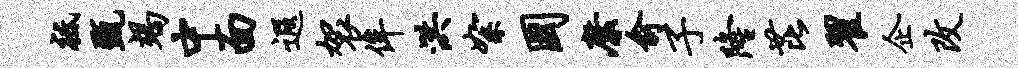
祗甄竭中面遐袈侔洪絮国縻俞子隆芘翟企改